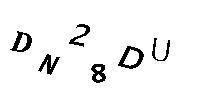
DN28DU